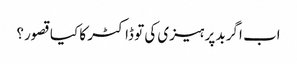
اب اگر بد پرہیزی کی تو ڈاکٹر کا کیا قصور؟